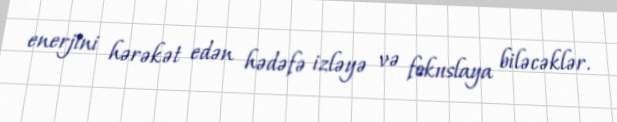
enerjini hərəkət edən hədəfə izləyə və fokuslaya biləcəklər.